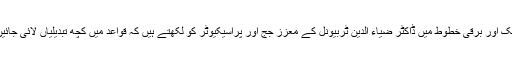
ایک اور برقی خطوط میں ڈاکٹر ضیاء الدین ٹربیونل کے معزز جج اور پراسیکیوٹر کو لکھتے ہیں کہ قواعد میں کچھ تبدیلیاں لائی جائیں۔